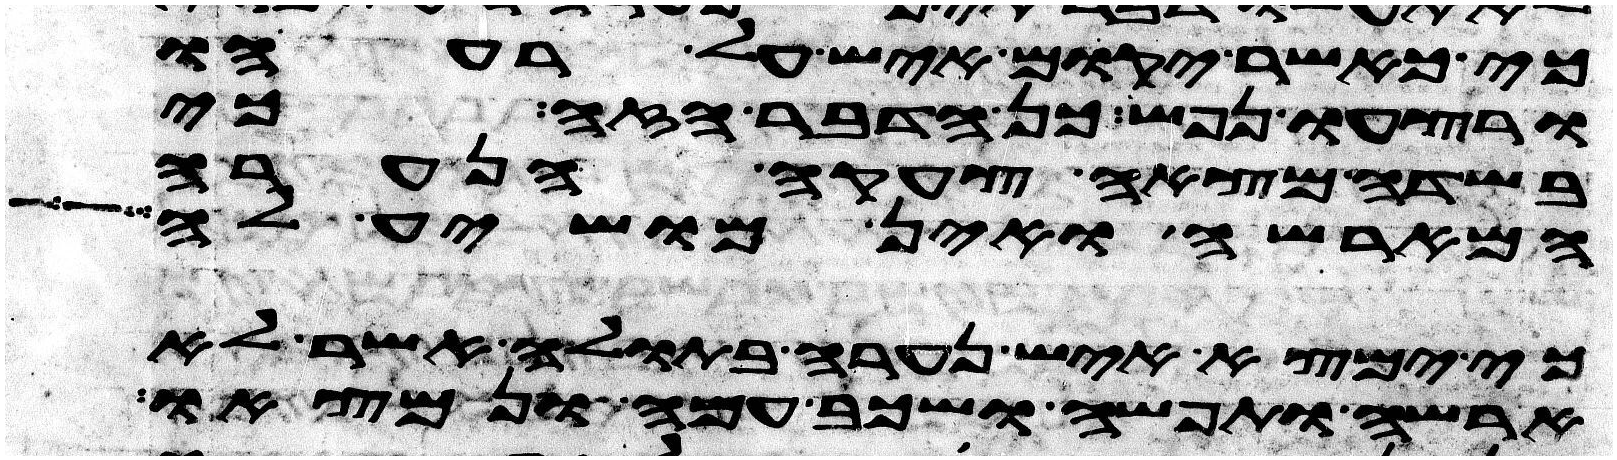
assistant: כי כאשר יקום איש על רעהו
ורצחו נפש כן הדבר הזה כי
בשדה מצאה צעקה הנערה
המארשה ואין מושיע לה
כי ימצא איש נערה בתולה אשר לא
ארשה ותפשה ושכב עמה ונמצאו